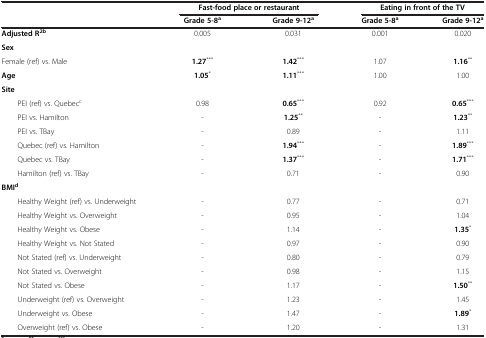
<table><thead><tr><td><b> </b></td><td colspan="2"><b>Fast-food place or restaurant</b></td><td colspan="2"><b>Eating in front of the TV</b></td></tr><tr><td><b> </b></td><td><b>Grade 5-8<sup>a</sup></b></td><td><b>Grade 9-12<sup>a</sup></b></td><td><b>Grade 5-8<sup>a</sup></b></td><td><b>Grade 9-12<sup>a</sup></b></td></tr></thead><tbody><tr><td><b>Adjusted R</b><sup><b>2b</b></sup></td><td>0.005</td><td>0.031</td><td>0.001</td><td>0.020</td></tr><tr><td><b>Sex</b></td><td> </td><td> </td><td> </td><td> </td></tr><tr><td>Female (ref) vs. Male</td><td><b>1.27</b><sup>***</sup></td><td><b>1.42</b><sup>***</sup></td><td>1.07</td><td><b>1.16</b><sup>**</sup></td></tr><tr><td><b>Age</b></td><td><b>1.05</b><sup>*</sup></td><td><b>1.11</b><sup>***</sup></td><td>1.00</td><td>1.00</td></tr><tr><td><b>Site</b></td><td> </td><td> </td><td> </td><td> </td></tr><tr><td>PEI (ref) vs. Quebec<sup>c</sup></td><td>0.98</td><td><b>0.65</b><sup>***</sup></td><td>0.92</td><td><b>0.65</b><sup>***</sup></td></tr><tr><td>PEI vs. Hamilton</td><td>-</td><td><b>1.25</b><sup>**</sup></td><td>-</td><td><b>1.23</b><sup>**</sup></td></tr><tr><td>PEI vs. TBay</td><td>-</td><td>0.89</td><td>-</td><td>1.11</td></tr><tr><td>Quebec (ref) vs. Hamilton</td><td>-</td><td><b>1.94</b><sup>***</sup></td><td>-</td><td><b>1.89</b><sup>***</sup></td></tr><tr><td>Quebec vs. TBay</td><td>-</td><td><b>1.37</b><sup>***</sup></td><td>-</td><td><b>1.71</b><sup>***</sup></td></tr><tr><td>Hamilton (ref) vs. TBay</td><td>-</td><td>0.71</td><td>-</td><td>0.90</td></tr><tr><td><b>BMI</b><sup><b>d</b></sup></td><td> </td><td> </td><td> </td><td> </td></tr><tr><td>Healthy Weight (ref) vs. Underweight</td><td>-</td><td>0.77</td><td>-</td><td>0.71</td></tr><tr><td>Healthy Weight vs. Overweight</td><td>-</td><td>0.95</td><td>-</td><td>1.04</td></tr><tr><td>Healthy Weight vs. Obese</td><td>-</td><td>1.14</td><td>-</td><td><b>1.35</b><sup>*</sup></td></tr><tr><td>Healthy Weight vs. Not Stated</td><td>-</td><td>0.97</td><td>-</td><td>0.90</td></tr><tr><td>Not Stated (ref) vs. Underweight</td><td>-</td><td>0.80</td><td>-</td><td>0.79</td></tr><tr><td>Not Stated vs. Overweight</td><td>-</td><td>0.98</td><td>-</td><td>1.15</td></tr><tr><td>Not Stated vs. Obese</td><td>-</td><td>1.17</td><td>-</td><td><b>1.50</b><sup>**</sup></td></tr><tr><td>Underweight (ref) vs. Overweight</td><td>-</td><td>1.23</td><td>-</td><td>1.45</td></tr><tr><td>Underweight vs. Obese</td><td>-</td><td>1.47</td><td>-</td><td><b>1.89</b><sup>*</sup></td></tr><tr><td>Overweight (ref) vs. Obese</td><td>-</td><td>1.20</td><td>-</td><td>1.31</td></tr></tbody></table>